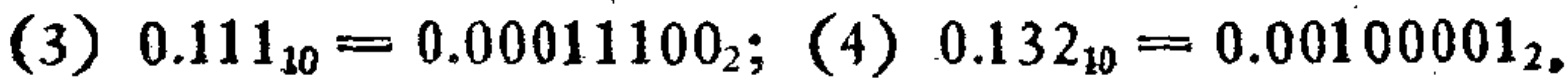
(3) \(0.111_{10}= 0.00011100_{2}\); (4) \(0.132_{10}= 0.00100001_{2}\)